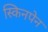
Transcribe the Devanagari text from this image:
स्किनपेन